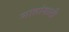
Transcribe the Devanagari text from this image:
मातांसाठी